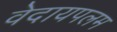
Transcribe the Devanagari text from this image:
वेदायपलम